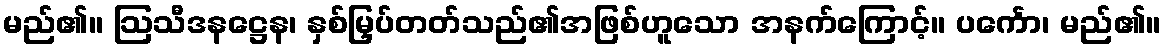
မည်၏။ ဩသီဒနဋ္ဌေန၊ နှစ်မြှပ်တတ်သည်၏အဖြစ်ဟူသော အနက်ကြောင့်။ ပင်္ကော၊ မည်၏။